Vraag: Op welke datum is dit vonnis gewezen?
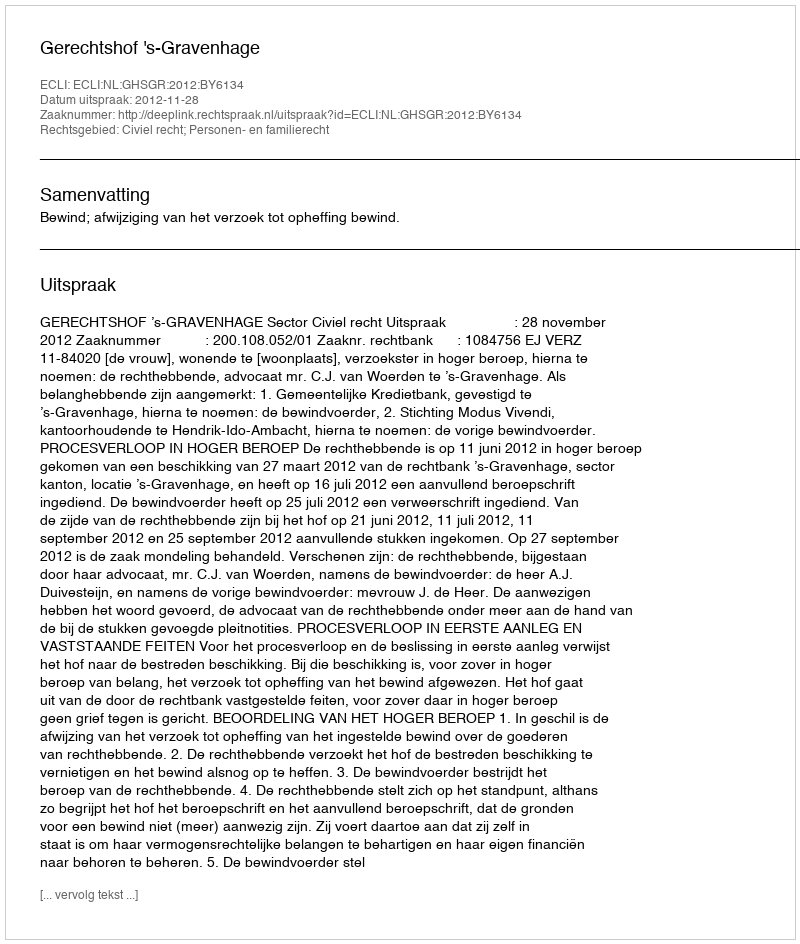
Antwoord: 2012-11-28